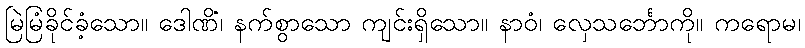
မြဲမြံခိုင်ခံ့သော။ ဒေါဏိံ၊ နက်စွာသော ကျင်းရှိသော။ နာဝံ၊ လှေသင်္ဘောကို။ ကရောမ၊